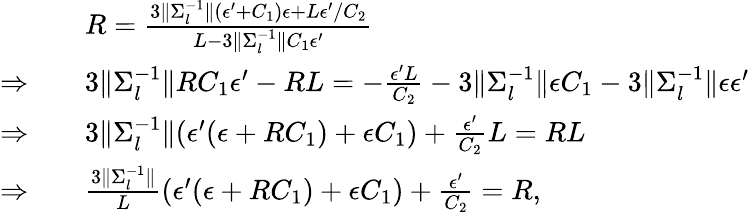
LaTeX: \begin{array}{rl}&{R=\frac{3\| \Sigma_{l}^{-1}\| (\epsilon^{\prime}+C_{1})\epsilon+L\epsilon^{\prime}/C_{2}}{L-3\| \Sigma_{l}^{-1}\| C_{1}\epsilon^{\prime}}}\\ {\Rightarrow\quad}&{3\| \Sigma_{l}^{-1}\| RC_{1}\epsilon^{\prime}-RL=-\frac{\epsilon^{\prime}L}{C_{2}}-3\| \Sigma_{l}^{-1}\| \epsilon C_{1}-3\| \Sigma_{l}^{-1}\| \epsilon\epsilon^{\prime}}\\ {\Rightarrow\quad}&{3\| \Sigma_{l}^{-1}\| (\epsilon^{\prime}(\epsilon+RC_{1})+\epsilon C_{1})+\frac{\epsilon^{\prime}}{C_{2}}L=RL}\\ {\Rightarrow\quad}&{\frac{3\| \Sigma_{l}^{-1}\| }{L}(\epsilon^{\prime}(\epsilon+RC_{1})+\epsilon C_{1})+\frac{\epsilon^{\prime}}{C_{2}}=R,}\end{array}